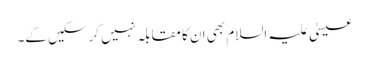
عیسیٰ علیہ السلام بھی ان کا مقابلہ نہیں کرسکیں گے۔